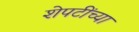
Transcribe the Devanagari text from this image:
शेपटींच्या